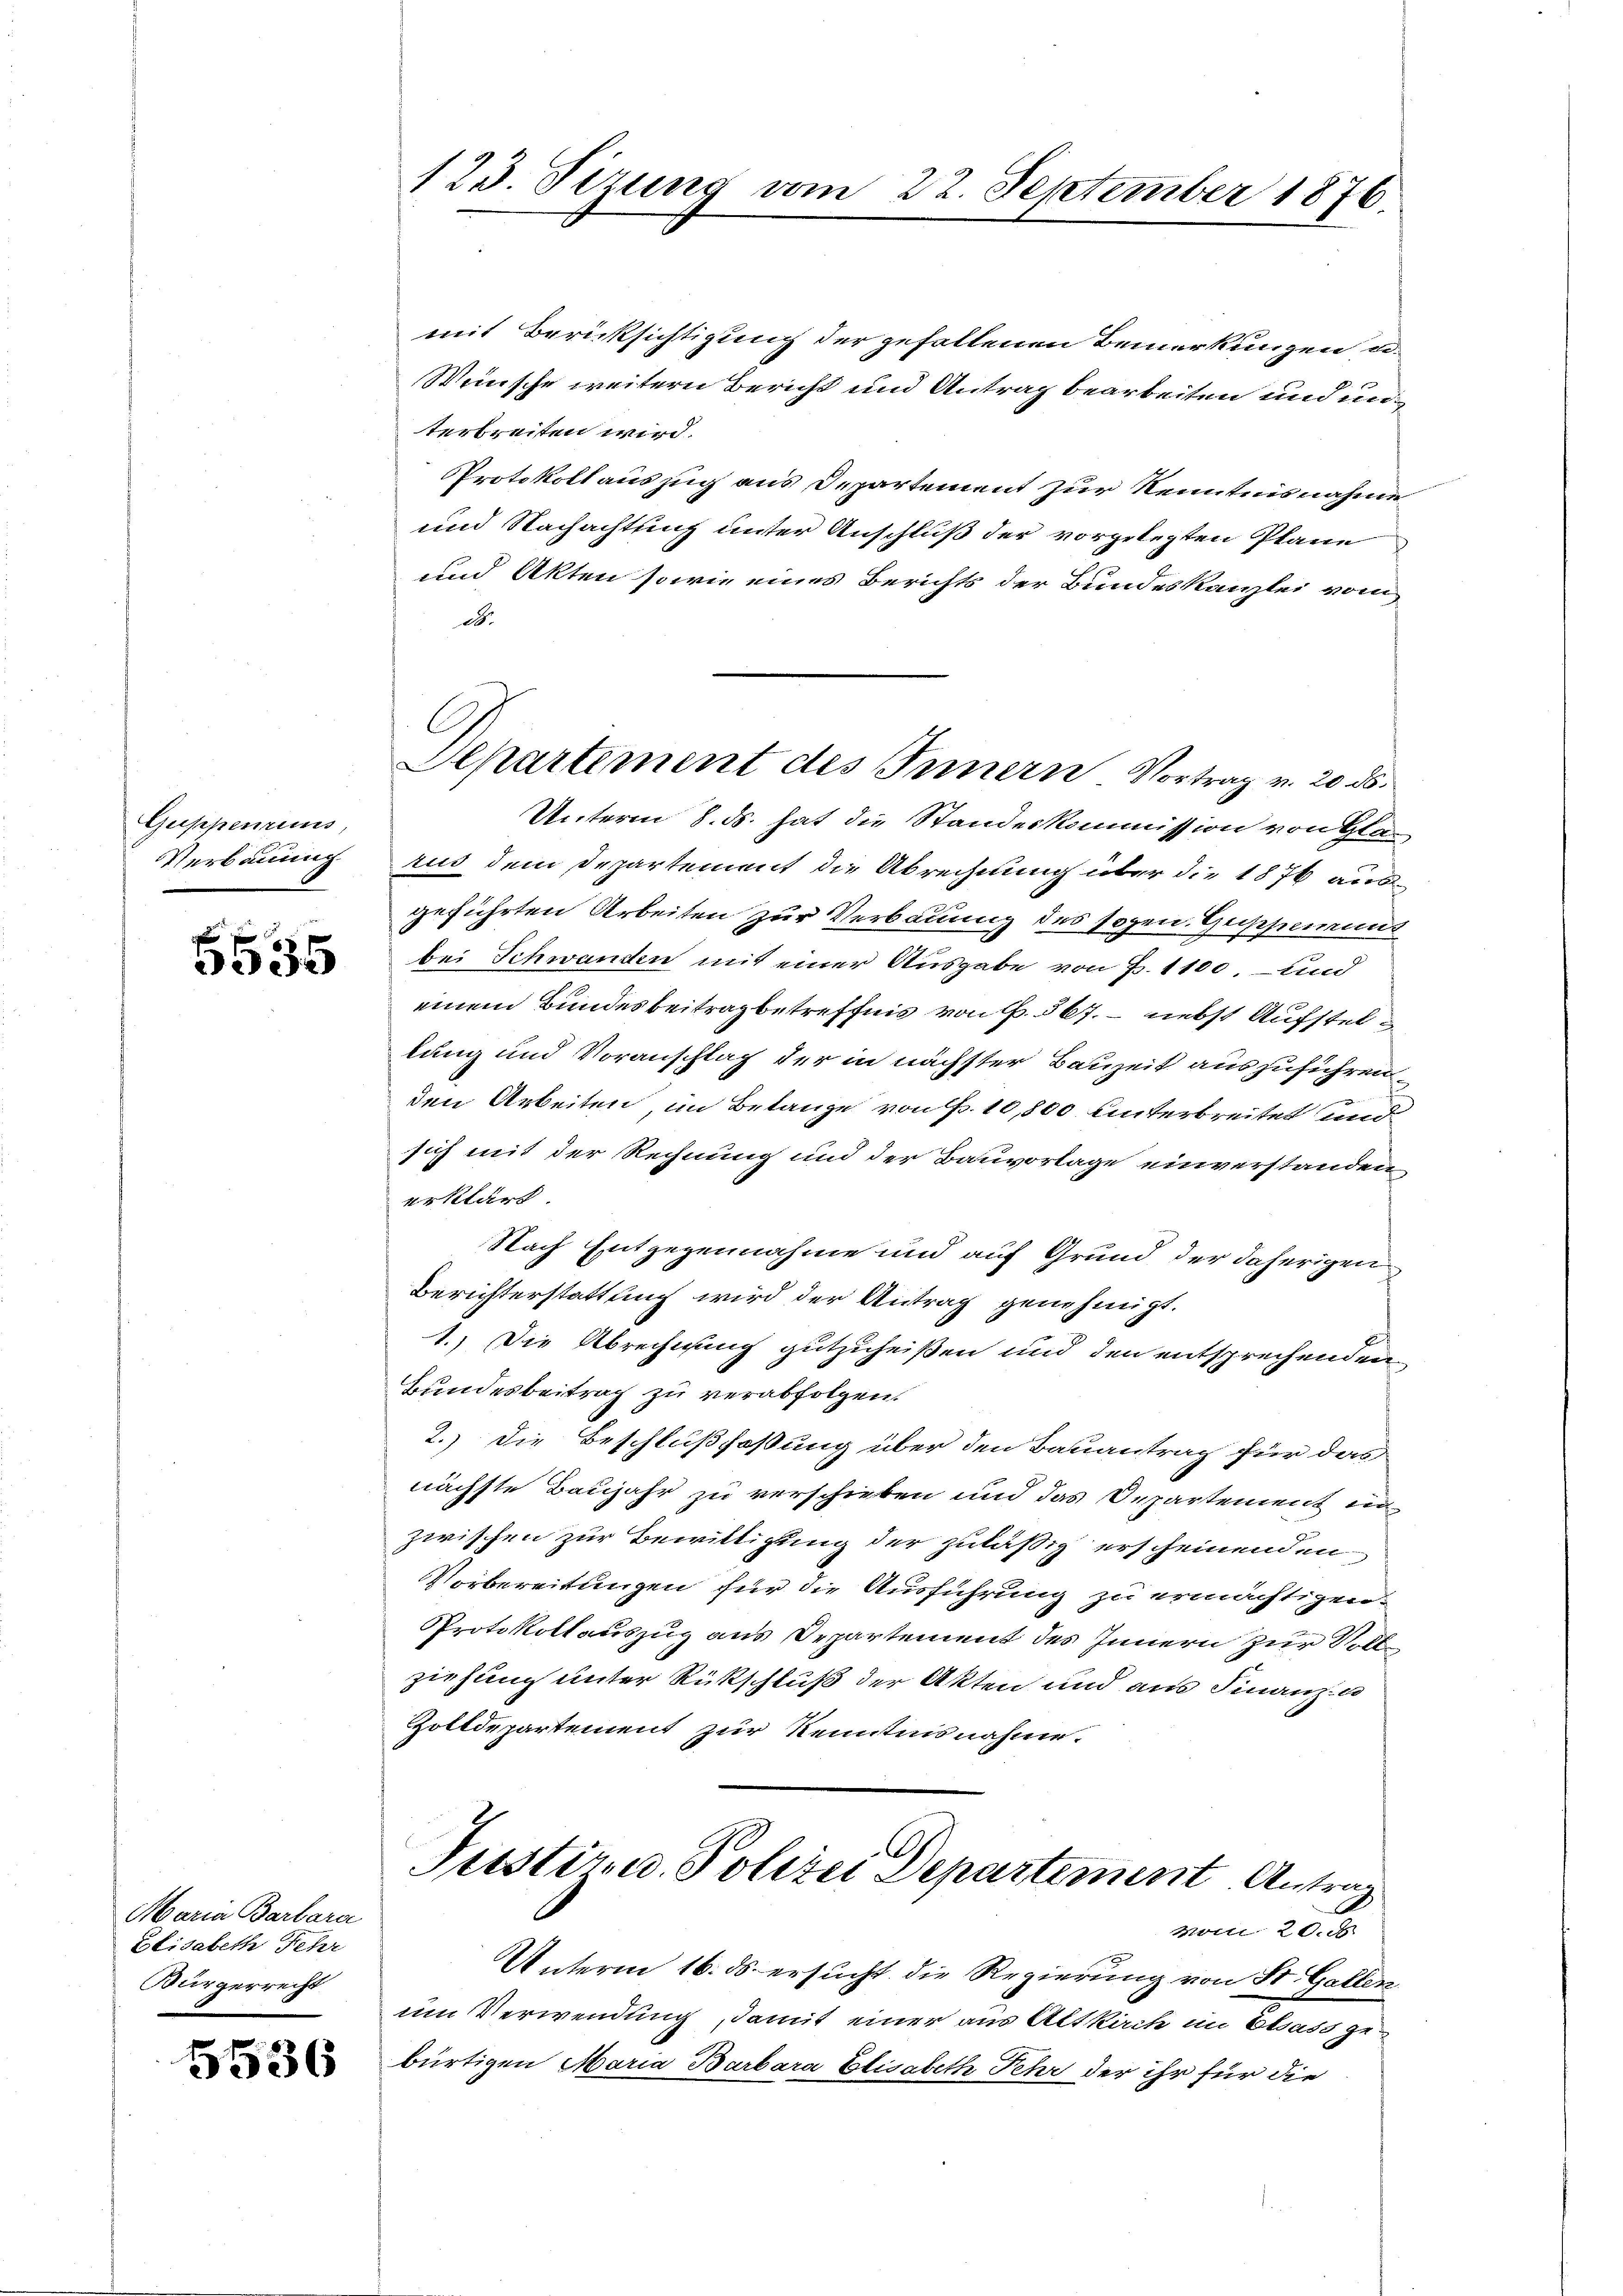
Guppenreins,
Verbauung

5535

Maria Barbara
Elisabeth Fehr
Bürgerrecht

5536

123. Sizung vom 22. September 1876.

mit Berücksichtigung der gefallenen Bemerkungen de
Wünsche weitern Bericht und Antrag bearbeiten und unterbreiten wird.
Protokollauszug aus Departement zur Kenntnisnahme
und Nachachtung unter Anschluß der vorgelegten Plane
und Akten sowie eines Berichts der Bundeskanzlei vom
d.
Unterm 8. ds. hat die Standeskommission von Glan
rus dem Departement die Abrechnung über die 1876 aus-
geführten Arbeiten zur Verbauung des sogen. Heischerunt
bei Schwanden mit einer Ausgabe von P. 1100, und
einem Bundesbeitrag betreffen von f. 567. — nebst Aufstellung und Voranschlag der in nächster Bauzeit auszuführen
den Arbeiten, im Betanze von Fr. 10,800 unterbreitet und
sich mit der Rechnung und der Bauvorlage einverstanden
erklärt
Nach Entgegennahme und auf Grund der daherigen
Berichterstattung wird der Antrag genehmigt.
1.) Die Abrechnung gutzuheißen und den entsprechenden
Bundesbeitrag zu verabfolgen.
2.) Die Beschlußfaßung über den Bauantrag für das
nächste Baujahr zu verschieben und das Departement in
zwischen zur Bewilligung der zuläßig erscheinenden
Vorbereitungen für die Ausführung zu ermächtigen.
Protokollauszug aus Departement des Innern zur Vollziehung unter Rückschluß der Akten und aus Finanze
Zolldepartement zur Kenntnisnahme.
Pustiz- u. Polizei Departement Antrag
vom 28. d.
Unterm 16. ds. ersucht die Regierung von St. Gallen
um Verwendung damit einer aus Altkirch im Elsass gebürtigen Maria Barbara Elisabeth Sehr der ihr für die

C
Departement des Innern Vortrag v. 20. ds.